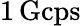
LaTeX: {1}\, \mathrm{Gcps}